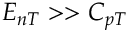
E _ { n T } > > C _ { p T }